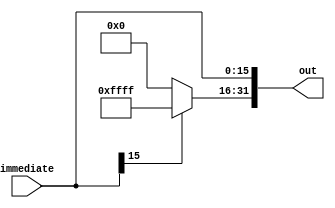
`timescale 1ns / 1ps
//////////////////////////////////////////////////////////////////////////////////
// Company: 
// Engineer: 
// 
// Design Name: 
// Module Name: Sign_Extend
// Project Name: 
// Target Devices: 
// Tool Versions: 
// Description: 
// 
// Dependencies: 
// 
// Revision:
// Revision 0.01 - File Created
// Additional Comments:
// 
//////////////////////////////////////////////////////////////////////////////////


module Sign_Extend(
    input [15:0] immediate,
   // input Ext_en, 
    output [31:0] out
    );
    assign out[15:0] = immediate;  // 16
    assign out[31:16] =immediate[15]?  16'hffff : 16'h0000;
   
   // assign out[31:16] = Ext_en? (immediate[15]? 16'hffff : 16'h0000) : 16'h0000; // 
    
endmodule